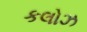
કલોઝ